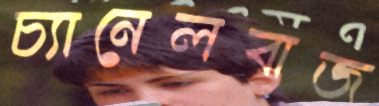
চ্যানেলবাজ